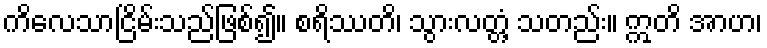
ကိလေသာငြိမ်းသည်ဖြစ်၍။ စရိဿတိ၊ သွားလတ္တံ့ သတည်း။ ဣတိ အာဟ၊